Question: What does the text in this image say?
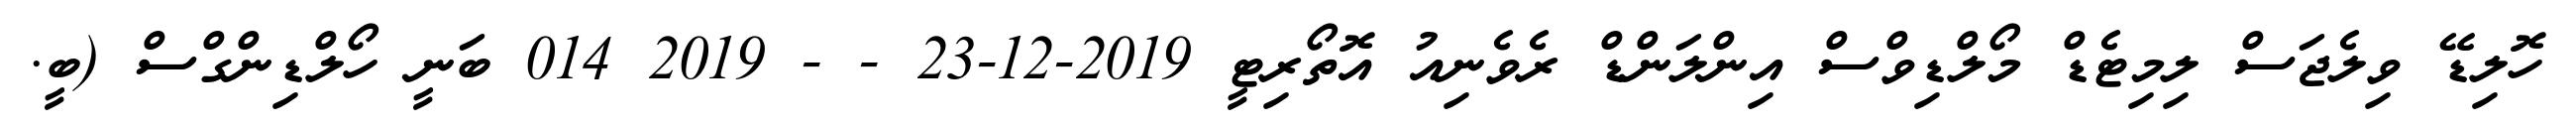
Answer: ހޮލިޑޭ ވިލެޖަސް ލިމިޓެޑް މޯލްޑިވްސް އިންލަންޑް ރެވެނިއު އޮތޯރިޓީ 2019-12-23 - - 2019 014 ބަނީ ހޯލްޑިންގްސް (ބީ.